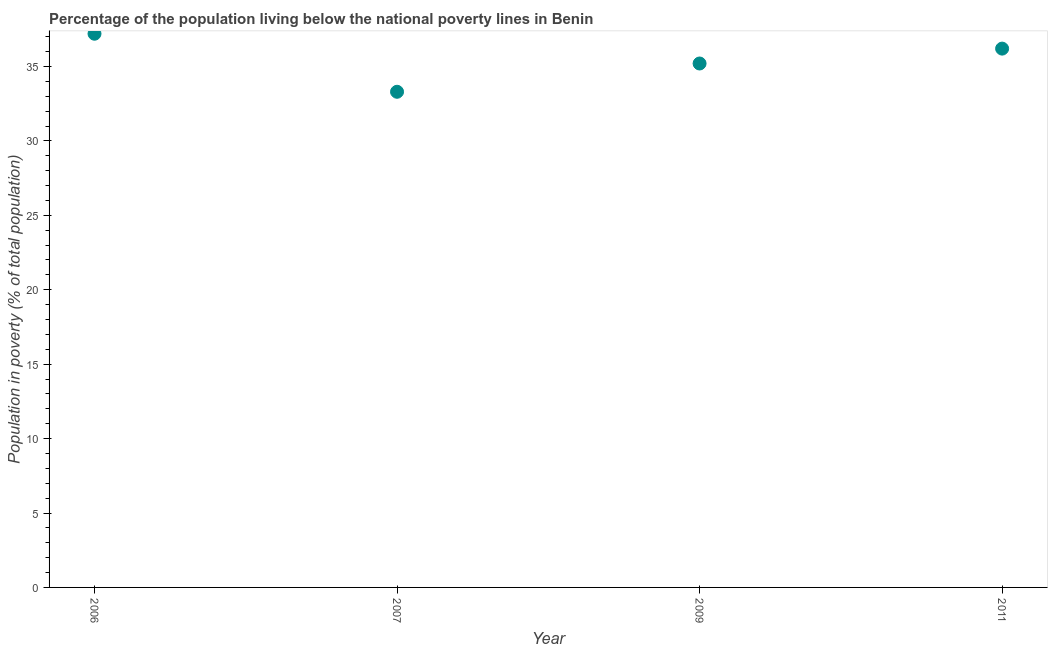
| Year | Poverty headcount ratio |
 | --- | --- |
 | 2006 | 37.2 |
 | 2007 | 33.3 |
 | 2009 | 35.2 |
 | 2011 | 36.2 |